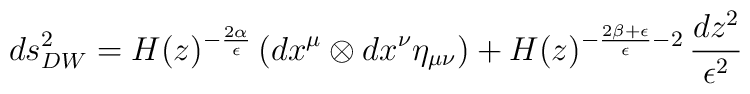
ds^2_{DW}  = H(z)^{-\frac{2\alpha}{\epsilon }} \left( dx^\mu \otimes  dx^\nu \eta_{\mu \nu } \right)+ H(z)^{-\frac{2\beta+\epsilon }{\epsilon }-2} \, \frac{dz^2}{\epsilon ^2}